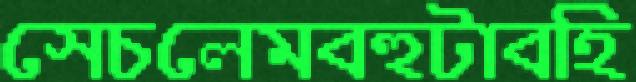
সেচলেমবহুটাবহি